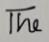
The